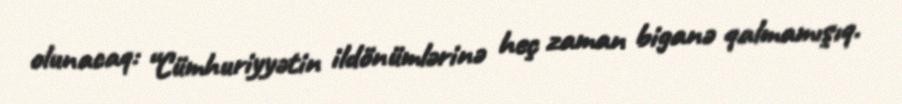
olunacaq: “Cümhuriyyətin ildönümlərinə heç zaman biganə qalmamışıq.